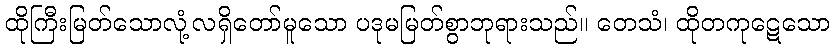
ထိုကြီးမြတ်သောလုံ့လရှိတော်မူသော ပဒုမမြတ်စွာဘုရားသည်။ တေသံ၊ ထိုတကုဋေသော